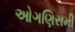
ઓગણિસમી